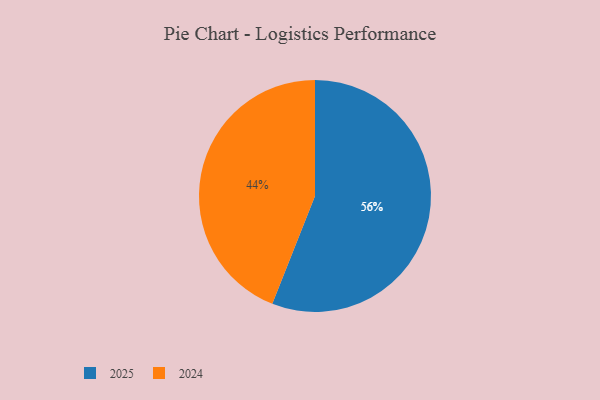
{"axis": {"x": "Category", "y": "Percentage"}, "legend": ["2024", "2025"], "data": [{"x": "2025", "y": 56, "type": "2025"}, {"x": "2024", "y": 44, "type": "2024"}]}